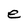
Character: e